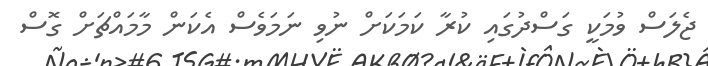
ޖެލަސް ވުމަކީ ގަސްދުގައި ކުރާ ކަމަކަށް ނުވި ނަމަވެސް އެކަން މާމައްޗަށް ގޮސް